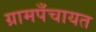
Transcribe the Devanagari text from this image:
ग्रामपँचायत